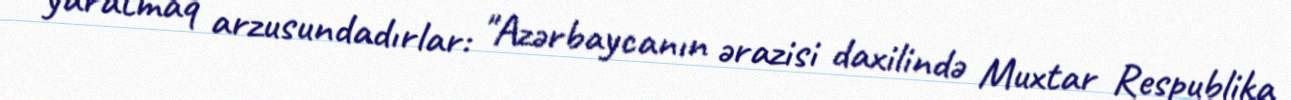
yaratmaq arzusundadırlar: "Azərbaycanın ərazisi daxilində Muxtar Respublika